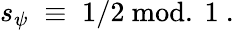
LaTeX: s_{\psi}\; \equiv\; 1/2~\mathrm{mod.~}1~.